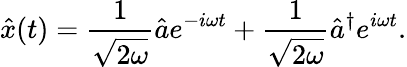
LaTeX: {\hat{x}}(t)={\frac{1}{\sqrt{2\omega}}}{\hat{a}}e^{-i\omega t}+{\frac{1}{\sqrt{2\omega}}}{\hat{a}}^{\dagger}e^{i\omega t}.